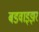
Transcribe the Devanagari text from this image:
बडवाइझर